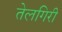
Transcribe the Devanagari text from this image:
तेलगिरी